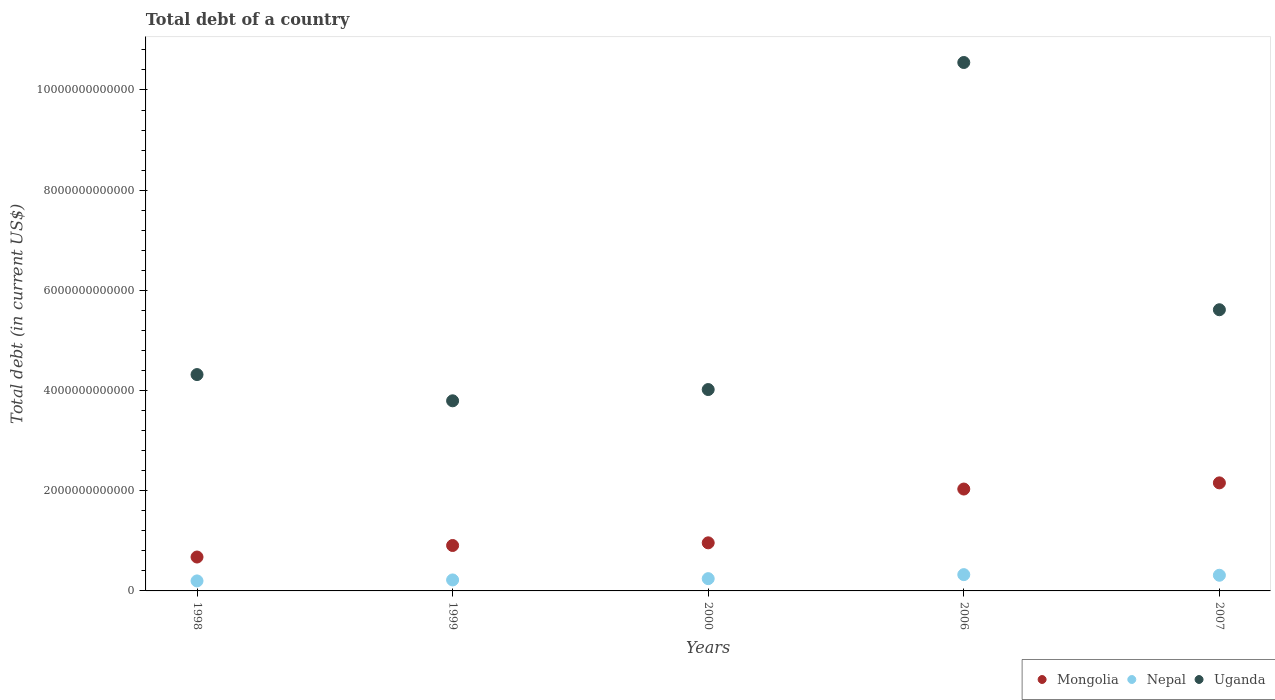
| Years | Mongolia | Nepal | Uganda |
 | --- | --- | --- | --- |
 | 1998 | 6.77e+11 | 2e+11 | 4.32e+12 |
 | 1999 | 9.07e+11 | 2.19e+11 | 3.79e+12 |
 | 2000 | 9.6e+11 | 2.45e+11 | 4.02e+12 |
 | 2006 | 2.03e+12 | 3.25e+11 | 1.05e+13 |
 | 2007 | 2.16e+12 | 3.13e+11 | 5.61e+12 |